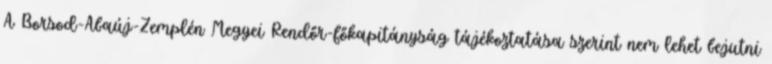
A Borsod-Abaúj-Zemplén Megyei Rendőr-főkapitányság tájékoztatása szerint nem lehet bejutni